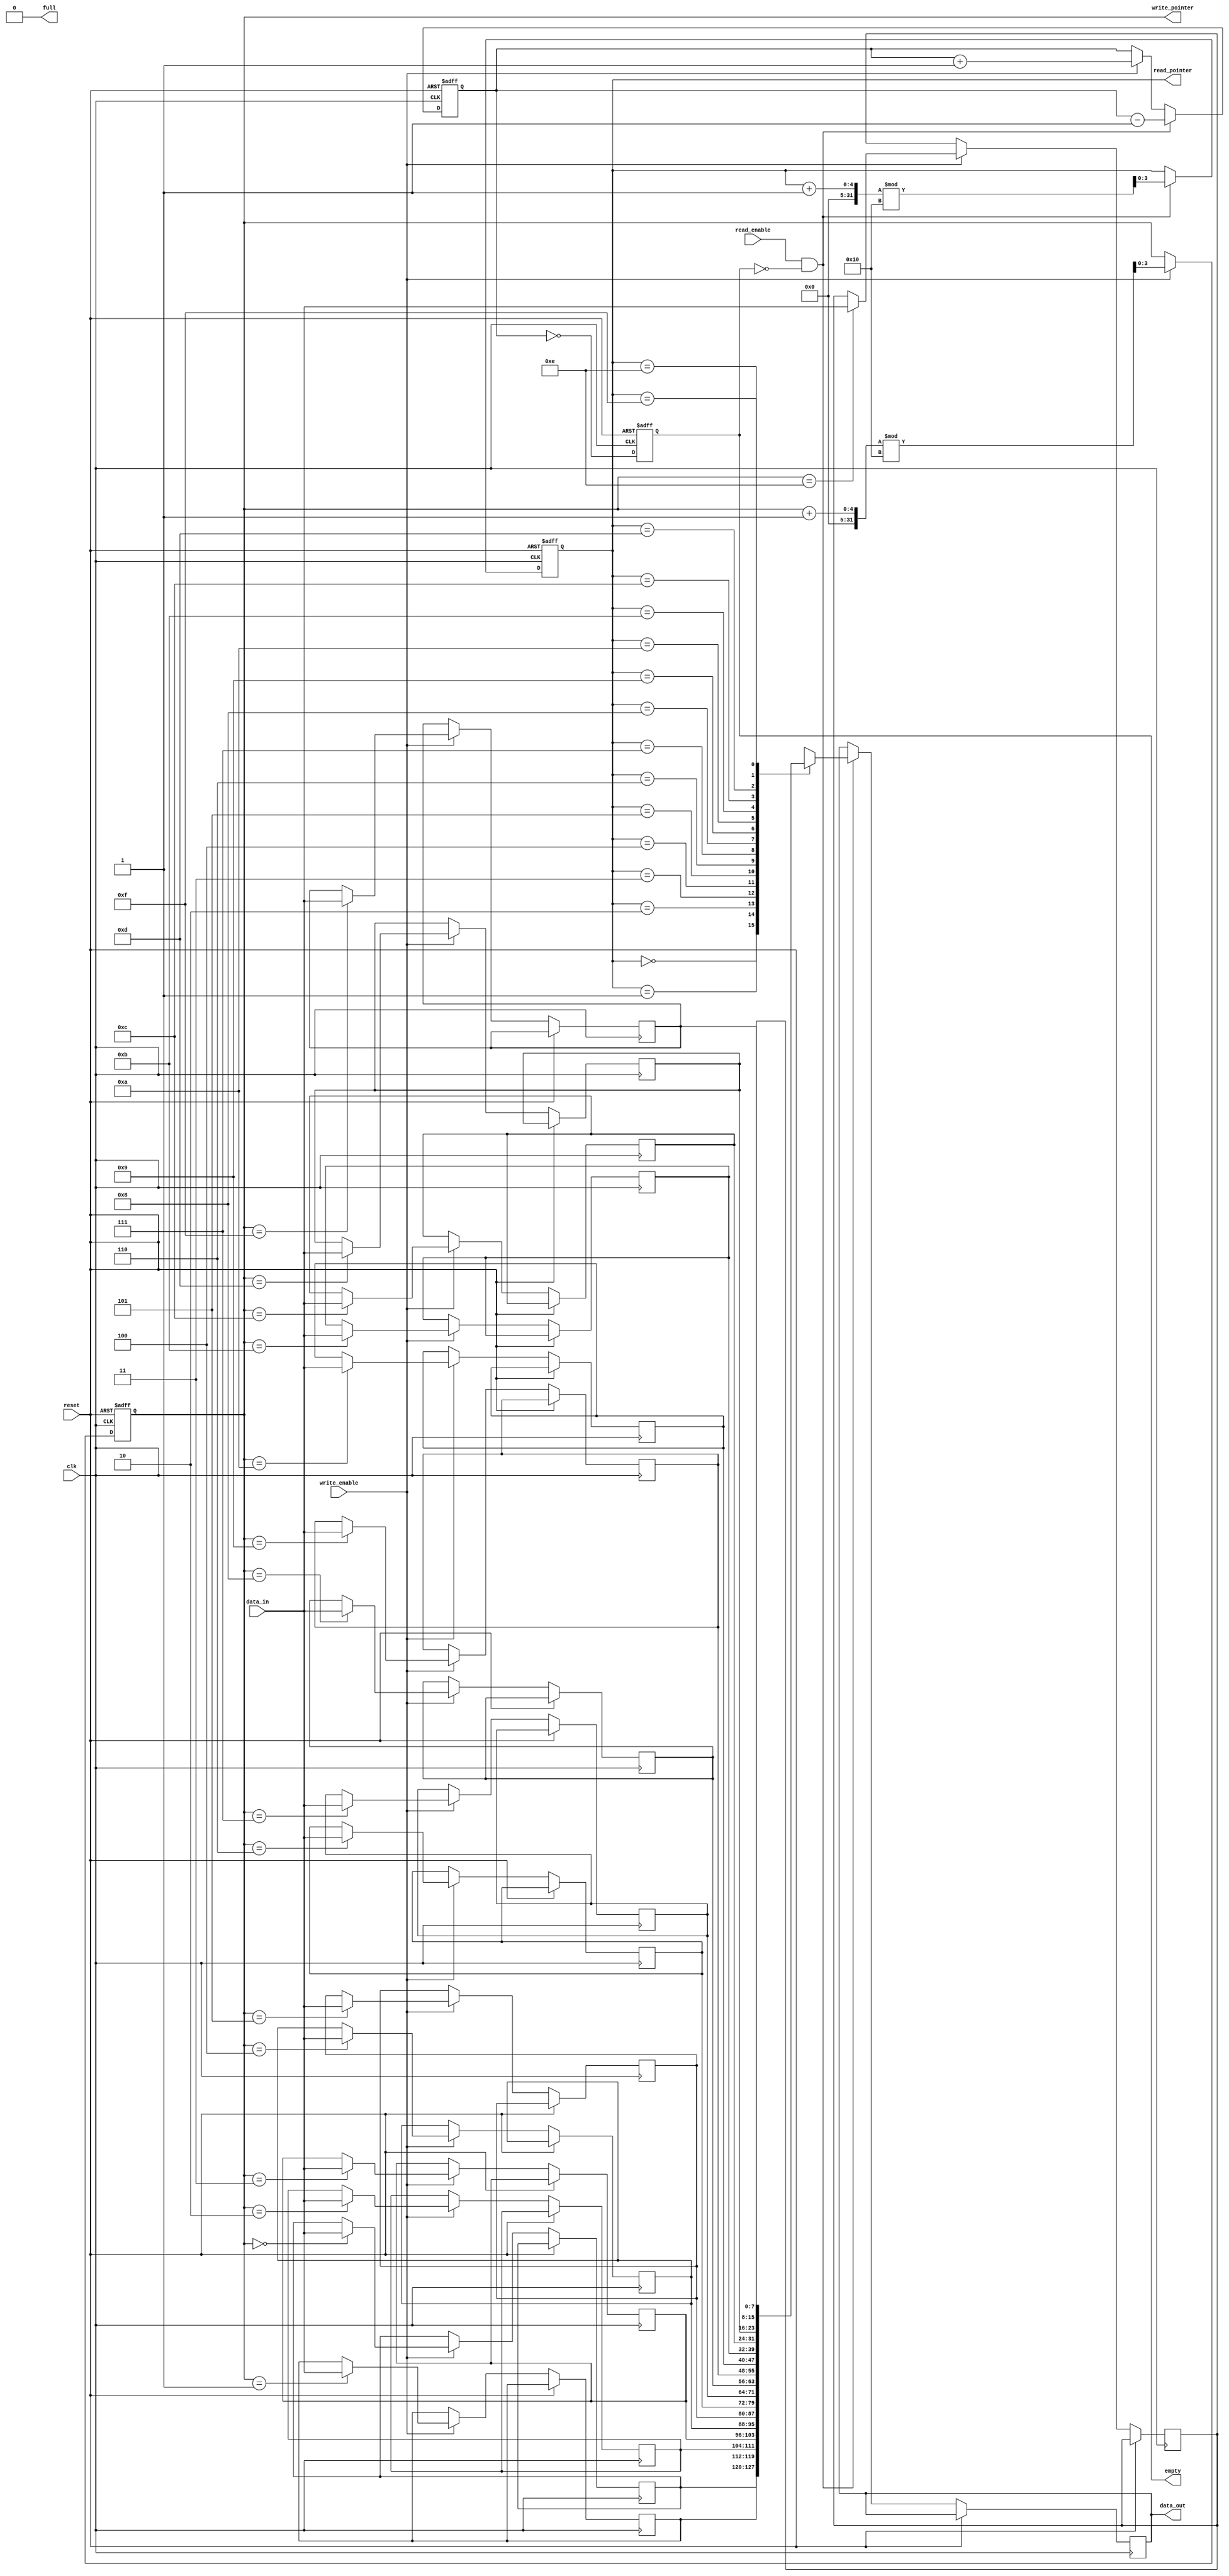
module parameterized_fifo #(
    parameter DATA_WIDTH = 8,      // Width of the data bus (number of bits per data entry)
    parameter FIFO_DEPTH = 16       // Total number of entries the FIFO can hold
) (
    input wire clk,                 // Clock signal
    input wire reset,               // Reset signal (active high)
    input wire [DATA_WIDTH-1:0] data_in, // Input data bus
    input wire write_enable,        // Write enable signal
    input wire read_enable,         // Read enable signal
    output reg [DATA_WIDTH-1:0] data_out, // Output data bus
    output reg full,                // FIFO full status
    output reg empty,               // FIFO empty status
    output reg [$clog2(FIFO_DEPTH)-1:0] write_pointer, // Write pointer
    output reg [$clog2(FIFO_DEPTH)-1:0] read_pointer   // Read pointer
);

    // Memory array to store the FIFO entries
    reg [DATA_WIDTH-1:0] fifo_memory[FIFO_DEPTH-1:0];
    reg [$clog2(FIFO_DEPTH)-1:0] count; // Item count in FIFO

    // Initial block for reset
    initial begin
        write_pointer = 0;
        read_pointer = 0;
        count = 0;
        full = 0;
        empty = 1;
    end

    // FIFO behavior
    always @(posedge clk or posedge reset) begin
        if (reset) begin
            // Reset condition
            write_pointer <= 0;
            read_pointer <= 0;
            count <= 0;
            full <= 0;
            empty <= 1;
        end else begin
            // Write operation
            if (write_enable && !full) begin
                fifo_memory[write_pointer] <= data_in; // Write data to FIFO
                write_pointer <= (write_pointer + 1) % FIFO_DEPTH; // Circular increment
                count <= count + 1; // Increment count
            end

            // Read operation
            if (read_enable && !empty) begin
                data_out <= fifo_memory[read_pointer]; // Read data from FIFO
                read_pointer <= (read_pointer + 1) % FIFO_DEPTH; // Circular increment
                count <= count - 1; // Decrement count
            end

            // Update full and empty flags
            full <= (count == FIFO_DEPTH);
            empty <= (count == 0);
        end
    end
endmodule